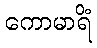
ကောမာရိံ